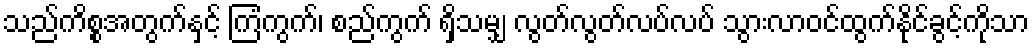
သည်ကိစ္စအတွက်နှင့် ကြံကွက်၊ စည်ကွက် ရှိသမျှ လွတ်လွတ်လပ်လပ် သွားလာဝင်ထွက်နိုင်ခွင့်ကိုသာ